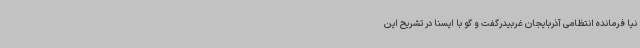
نیا فرمانده انتظامی آذربایجان غربیدرگفت و گو با ایسنا در تشریح این